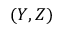
( Y , Z )